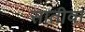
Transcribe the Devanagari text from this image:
सातीवा